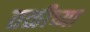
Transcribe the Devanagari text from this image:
तळीच्या